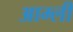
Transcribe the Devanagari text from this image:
आम्ली